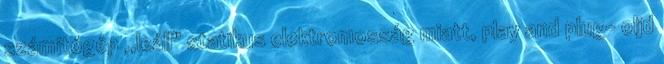
számítógép ,,leáll" statikus elektromosság miatt, play and plug- oljd